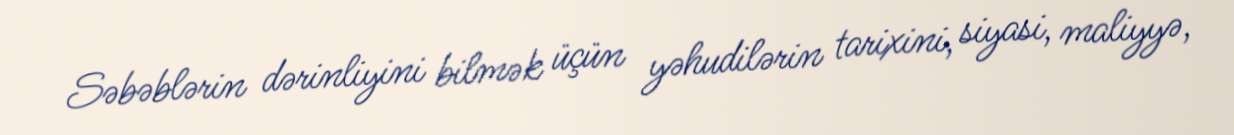
Səbəblərin dərinliyini bilmək üçün yəhudilərin tarixini, siyasi, maliyyə,